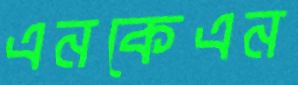
এনকেএন